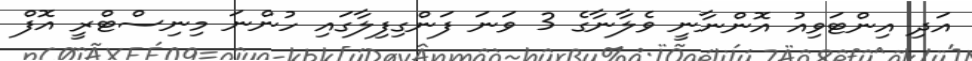
އަދި އިންޓަވިއު އޮންނާނީ ވެލާނާގެ 3 ވަނަ ފަންގިފިލާގައި ހުންނަ މިނިސްޓްރީ އޮފް